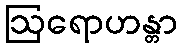
ဩရောဟန္တာ